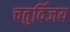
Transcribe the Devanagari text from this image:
चतुर्विजय